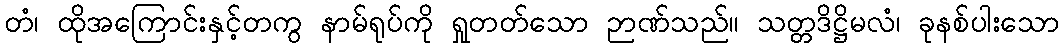
တံ၊ ထိုအကြောင်းနှင့်တကွ နာမ်ရုပ်ကို ရှုတတ်သော ဉာဏ်သည်။ သတ္တဒိဋ္ဌိမလံ၊ ခုနစ်ပါးသော